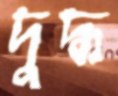
দুদ্ধ